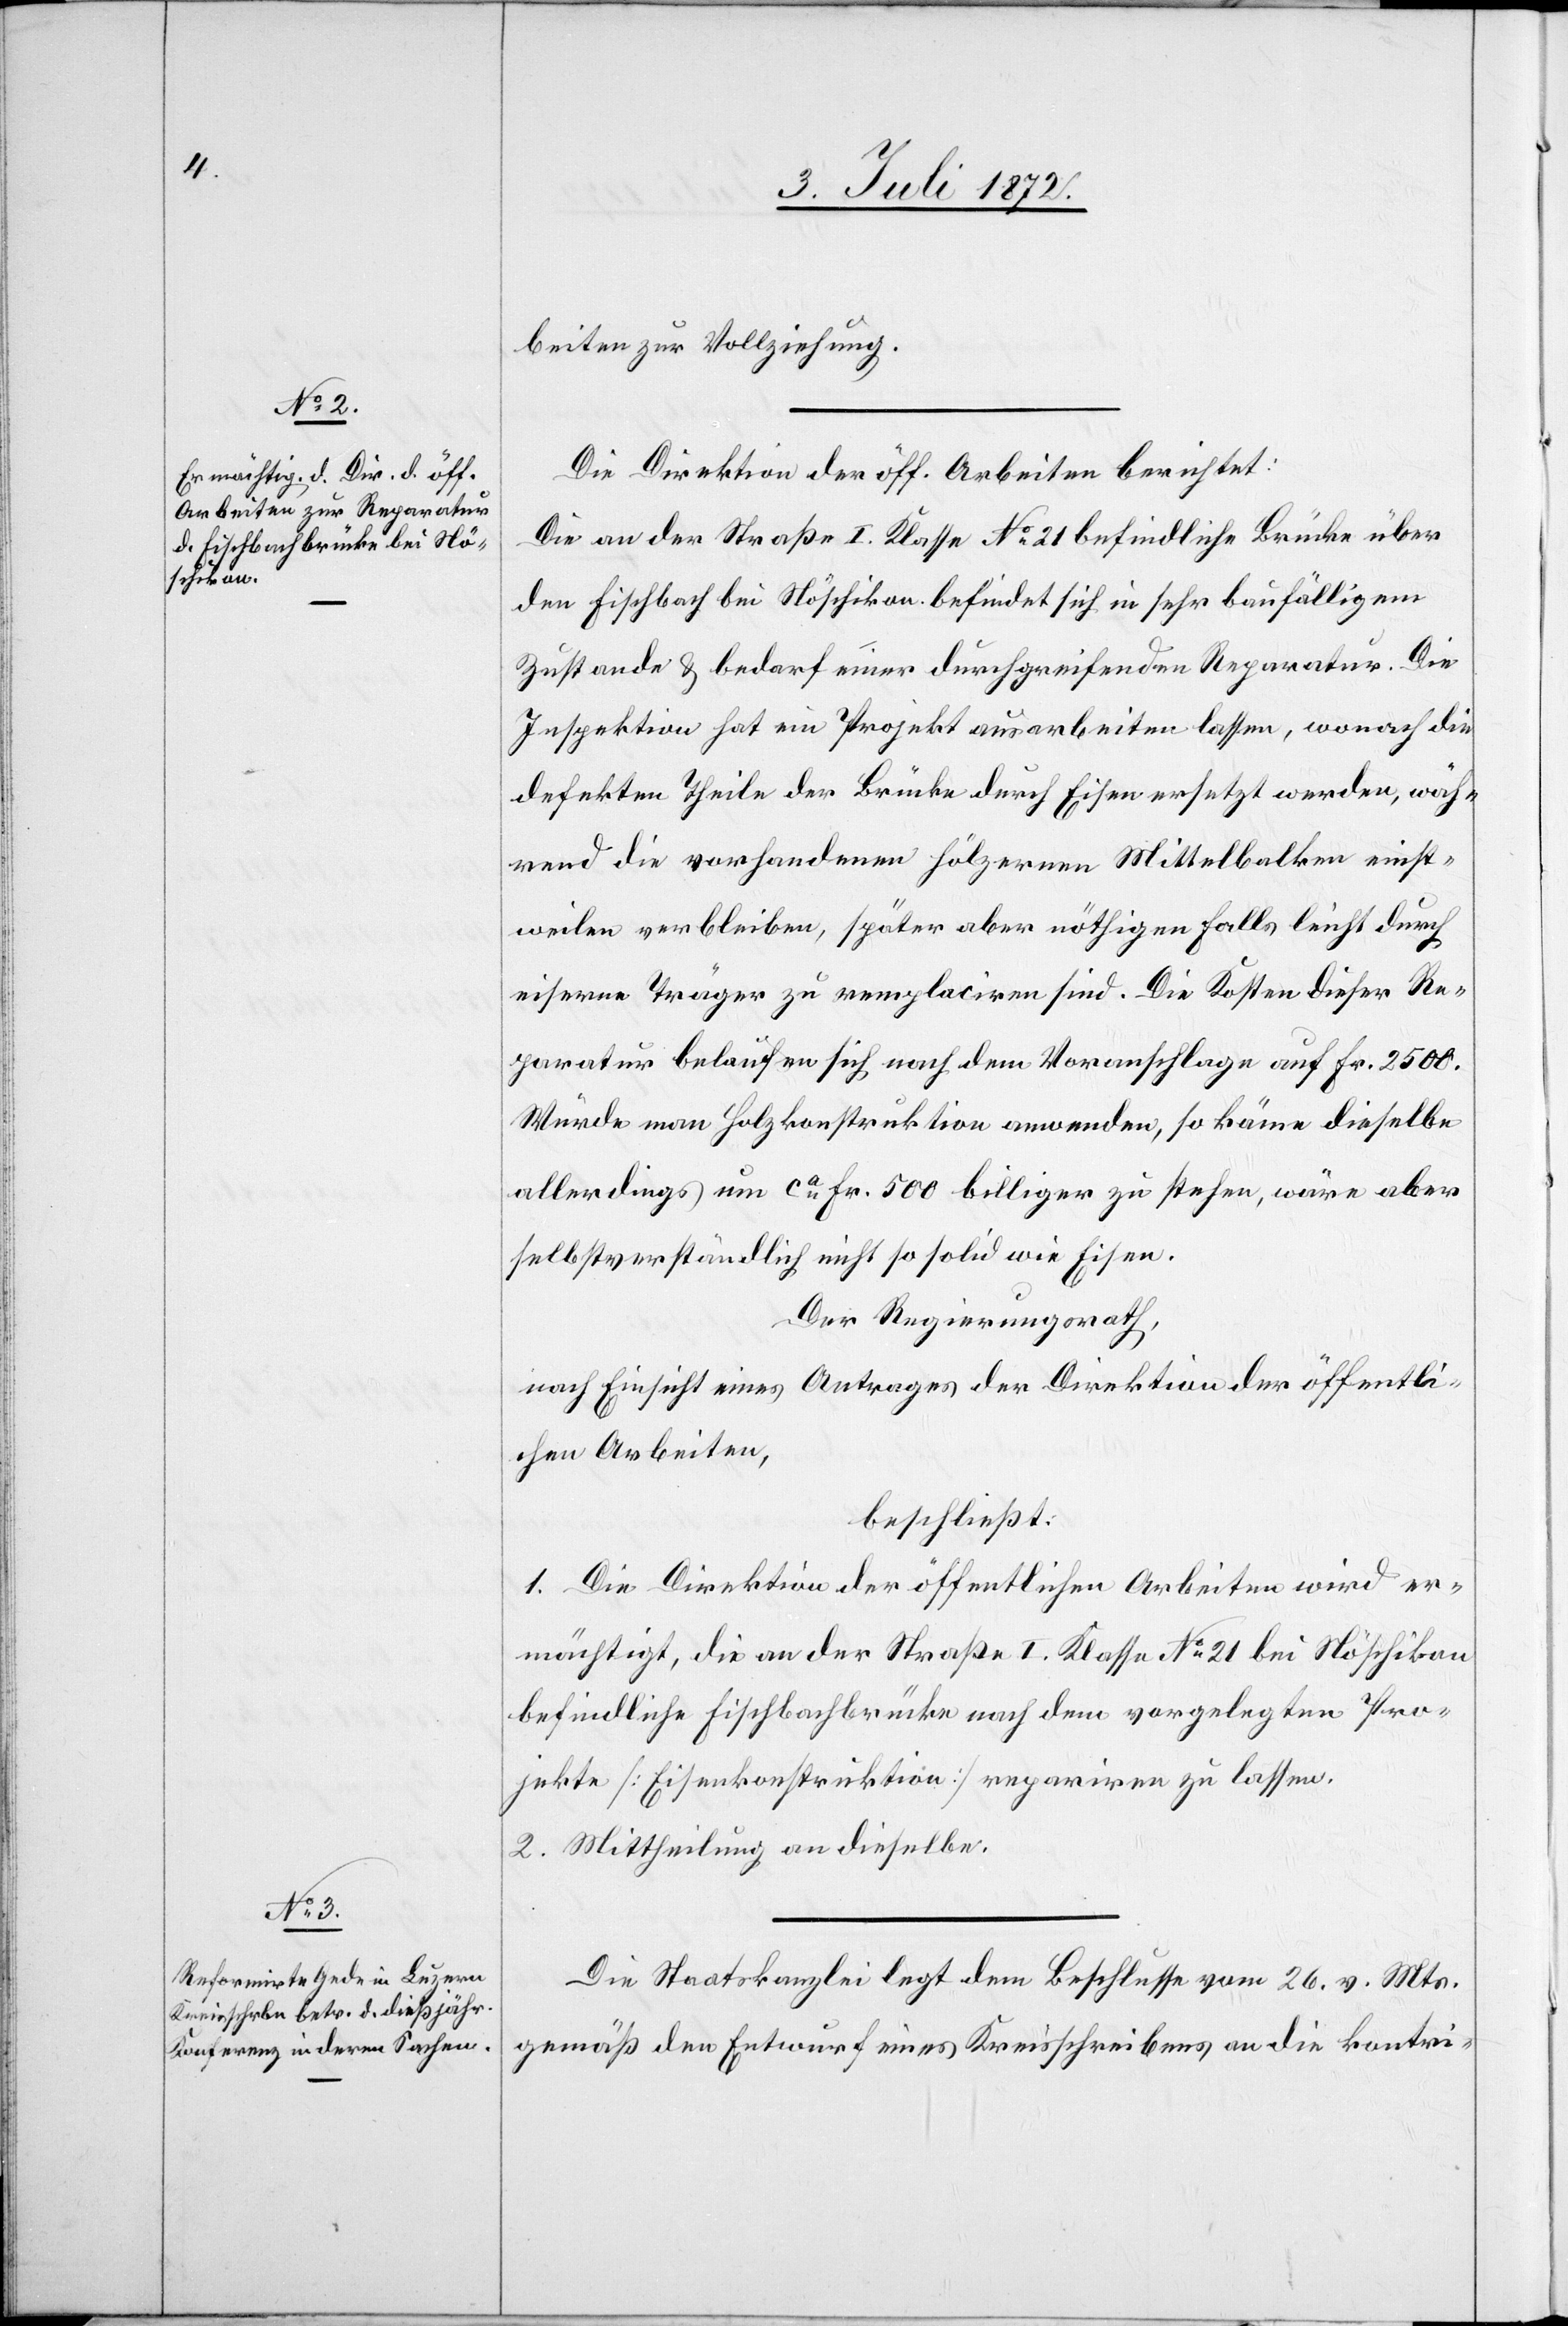
beiten zur Vollziehung.
Die Direktion der öff. Arbeiten berichtet:
Die an der Straße I. Klasse No 21 befindliche Brücke über
den Fischbach bei Nöschikon befindet sich in sehr baufälligem
Zustande u. bedarf einer durchgreifenden Reparatur. Die
Inspektion hat ein Projekt ausarbeiten lassen, wonach die
defekten Theile der Brücke durch Eisen ersetzt werden, wäh¬
rend die vorhandenen hölzernen Mittelbalken einst¬
weilen verbleiben, später aber nöthigen Falls leicht durch
eiserne Träger zu remplaciren sind. Die Kosten dieser Re¬
paratur belaufen sich nach dem Voranschlage auf Fr. 2500.
Würde man Holzkonstruktion anwenden, so käme dieselbe
allerdings um ca Fr. 500 billiger zu stehen, wäre aber
selbstverständlich nicht so solid wie Eisen.
Der Regierungsrath,
nach Einsicht eines Antrages der Direktion der öffentli¬
chen Arbeiten,
beschließt:
1. Die Direktion der öffentlichen Arbeiten wird er¬
mächtigt, die an der Straße I. Klasse No 21 bei Nöschikon
befindliche Fischbachbrücke nach dem vorgelegten Pro¬
jekte [Eisenkonstruktion] repariren zu lassen.
2. Mittheilung an dieselbe.
Die Staatskanzlei legt dem Beschlusse vom 26. v. Mts.
gemäß den Entwurf eines Kreisschreibens an die kontri-